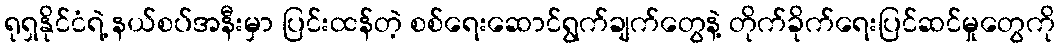
ရုရှနိုင်ငံရဲ့ နယ်စပ်အနီးမှာ ပြင်းထန်တဲ့ စစ်ရေးဆောင်ရွက်ချက်တွေနဲ့ တိုက်ခိုက်ရေးပြင်ဆင်မှုတွေကို